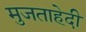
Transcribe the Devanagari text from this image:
मुजताहेदी